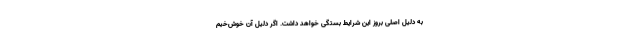
به دلیل اصلی بروز این شرایط بستگی خواهد داشت. اگر دلیل آن خوش‌خیم